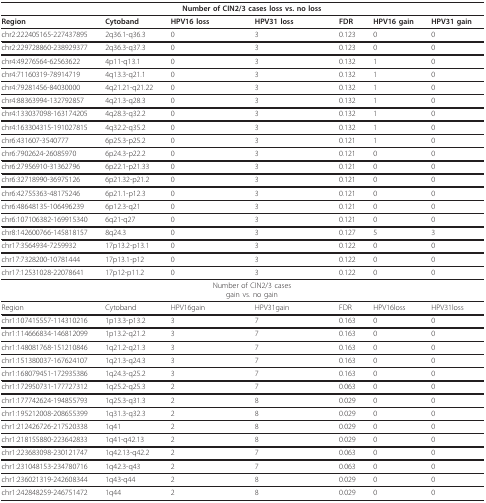
<table><thead><tr><td></td><td></td><td colspan="2"><b>Number of CIN2/3 cases loss vs. no loss</b></td><td></td><td></td><td></td></tr></thead><tbody><tr><td><b>Region</b></td><td><b>Cytoband</b></td><td><b>HPV16 loss</b></td><td><b>HPV31 loss</b></td><td><b>FDR</b></td><td><b>HPV16 gain</b></td><td><b>HPV31 gain</b></td></tr><tr><td>chr2:222405165-227437895</td><td>2q36.1-q36.3</td><td>0</td><td>3</td><td>0.123</td><td>0</td><td>0</td></tr><tr><td>chr2:229728860-238929377</td><td>2q36.3-q37.3</td><td>0</td><td>3</td><td>0.123</td><td>0</td><td>0</td></tr><tr><td>chr4:49276564-62563622</td><td>4p11-q13.1</td><td>0</td><td>3</td><td>0.132</td><td>1</td><td>0</td></tr><tr><td>chr4:71160319-78914719</td><td>4q13.3-q21.1</td><td>0</td><td>3</td><td>0.132</td><td>1</td><td>0</td></tr><tr><td>chr4:79281456-84030000</td><td>4q21.21-q21.22</td><td>0</td><td>3</td><td>0.132</td><td>1</td><td>0</td></tr><tr><td>chr4:88363994-132792857</td><td>4q21.3-q28.3</td><td>0</td><td>3</td><td>0.132</td><td>1</td><td>0</td></tr><tr><td>chr4:133037098-163174205</td><td>4q28.3-q32.2</td><td>0</td><td>3</td><td>0.132</td><td>1</td><td>0</td></tr><tr><td>chr4:163304315-191027815</td><td>4q32.2-q35.2</td><td>0</td><td>3</td><td>0.132</td><td>1</td><td>0</td></tr><tr><td>chr6:431607-3540777</td><td>6p25.3-p25.2</td><td>0</td><td>3</td><td>0.121</td><td>1</td><td>0</td></tr><tr><td>chr6:7902624-26085970</td><td>6p24.3-p22.2</td><td>0</td><td>3</td><td>0.121</td><td>0</td><td>0</td></tr><tr><td>chr6:27956910-31362796</td><td>6p22.1-p21.33</td><td>0</td><td>3</td><td>0.121</td><td>0</td><td>0</td></tr><tr><td>chr6:32718990-36975126</td><td>6p21.32-p21.2</td><td>0</td><td>3</td><td>0.121</td><td>0</td><td>0</td></tr><tr><td>chr6:42755363-48175246</td><td>6p21.1-p12.3</td><td>0</td><td>3</td><td>0.121</td><td>0</td><td>0</td></tr><tr><td>chr6:48648135-106496239</td><td>6p12.3-q21</td><td>0</td><td>3</td><td>0.121</td><td>0</td><td>0</td></tr><tr><td>chr6:107106382-169915340</td><td>6q21-q27</td><td>0</td><td>3</td><td>0.121</td><td>0</td><td>0</td></tr><tr><td>chr8:142600766-145818157</td><td>8q24.3</td><td>0</td><td>3</td><td>0.127</td><td>5</td><td>3</td></tr><tr><td>chr17:3564934-7259932</td><td>17p13.2-p13.1</td><td>0</td><td>3</td><td>0.122</td><td>0</td><td>0</td></tr><tr><td>chr17:7328200-10781444</td><td>17p13.1-p12</td><td>0</td><td>3</td><td>0.122</td><td>0</td><td>0</td></tr><tr><td>chr17:12531028-22078641</td><td>17p12-p11.2</td><td>0</td><td>3</td><td>0.122</td><td>0</td><td>0</td></tr><tr><td></td><td></td><td colspan="2">Number of CIN2/3 casesgain vs. no gain</td><td></td><td></td><td></td></tr><tr><td>Region</td><td>Cytoband</td><td>HPV16gain</td><td>HPV31gain</td><td>FDR</td><td>HPV16loss</td><td>HPV31loss</td></tr><tr><td>chr1:107415557-114310216</td><td>1p13.3-p13.2</td><td>3</td><td>7</td><td>0.163</td><td>0</td><td>0</td></tr><tr><td>chr1:114666834-146812099</td><td>1p13.2-q21.2</td><td>3</td><td>7</td><td>0.163</td><td>0</td><td>0</td></tr><tr><td>chr1:148081768-151210846</td><td>1q21.2-q21.3</td><td>3</td><td>7</td><td>0.163</td><td>0</td><td>0</td></tr><tr><td>chr1:151380037-167624107</td><td>1q21.3-q24.3</td><td>3</td><td>7</td><td>0.163</td><td>0</td><td>0</td></tr><tr><td>chr1:168079451-172935386</td><td>1q24.3-q25.2</td><td>3</td><td>7</td><td>0.163</td><td>0</td><td>0</td></tr><tr><td>chr1:172950731-177727312</td><td>1q25.2-q25.3</td><td>2</td><td>7</td><td>0.063</td><td>0</td><td>0</td></tr><tr><td>chr1:177742624-194855793</td><td>1q25.3-q31.3</td><td>2</td><td>8</td><td>0.029</td><td>0</td><td>0</td></tr><tr><td>chr1:195212008-208655399</td><td>1q31.3-q32.3</td><td>2</td><td>8</td><td>0.029</td><td>0</td><td>0</td></tr><tr><td>chr1:212426726-217520338</td><td>1q41</td><td>2</td><td>8</td><td>0.029</td><td>0</td><td>0</td></tr><tr><td>chr1:218155880-223642833</td><td>1q41-q42.13</td><td>2</td><td>8</td><td>0.029</td><td>0</td><td>0</td></tr><tr><td>chr1:223683098-230121747</td><td>1q42.13-q42.2</td><td>2</td><td>7</td><td>0.063</td><td>0</td><td>0</td></tr><tr><td>chr1:231048153-234780716</td><td>1q42.3-q43</td><td>2</td><td>7</td><td>0.063</td><td>0</td><td>0</td></tr><tr><td>chr1:236021319-242608344</td><td>1q43-q44</td><td>2</td><td>8</td><td>0.029</td><td>0</td><td>0</td></tr><tr><td>chr1:242848259-246751472</td><td>1q44</td><td>2</td><td>8</td><td>0.029</td><td>0</td><td>0</td></tr></tbody></table>